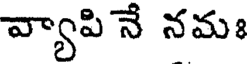
వ్యాపి నే నమః